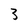
Character: 3